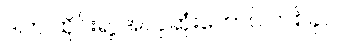
ဒါက ထိုင်းရဲ့ အလှဆုံးတောင် တစ်ခုပဲ။